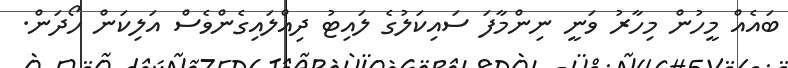
ބައެއް މީހުން މިހާރު ވަނީ ނިންމާފަ ސައިކަލުގެ ލައިޓު ދިއްލައިގެންވެސް އަލިކަން ހޯދަން.